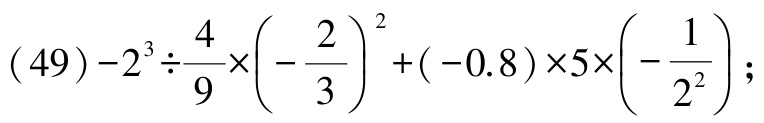
\((49)-2^{3}\div\frac{4}{9}\times\left(-\frac{2}{3}\right)^{2}+(-0.8)\times5\times\left(-\frac{1}{2^{2}}\right);\)